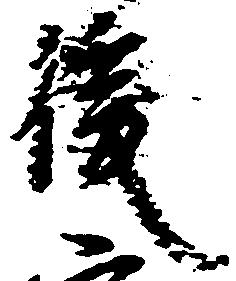
後